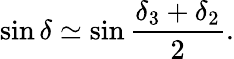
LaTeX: \sin\delta\simeq\sin\frac{\delta_{3}+\delta_{2}}{2}.